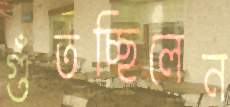
গুঁতচ্ছিলেন